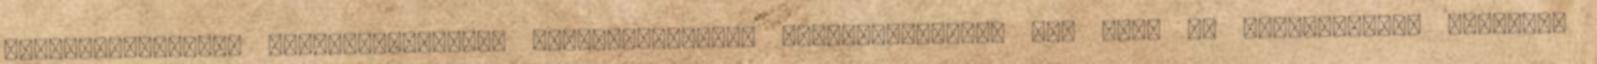
keresztényeknek, kereszténységet, középpontjában, hatmilliárdból, Nem ciki az önkielégítés Történet